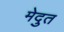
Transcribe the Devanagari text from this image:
मेदुत